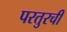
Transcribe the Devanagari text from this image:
परतुरची